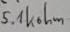
Text: 5.1kohm